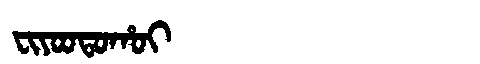
Manchu: ᠸᡳᠶᠣᠣᡨᠣᡥᠣᡳ
Romanization: FIYOOTOHOI